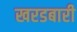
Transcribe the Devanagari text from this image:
खरडबारी